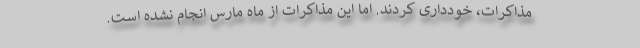
مذاکرات، خودداری کردند. اما این مذاکرات از ماه مارس انجام نشده است.